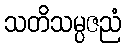
သတိသမ္ပဇညံ